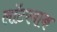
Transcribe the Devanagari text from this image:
लॉटरबाक